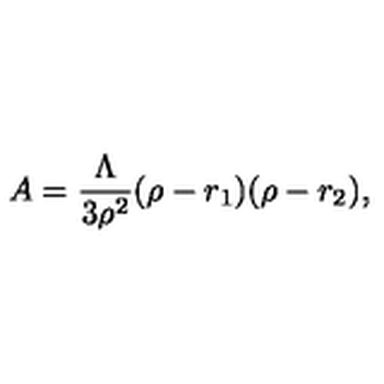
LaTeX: A = \frac { \Lambda } { 3 \rho ^ { 2 } } ( \rho - r _ { 1 } ) ( \rho - r _ { 2 } ) ,